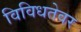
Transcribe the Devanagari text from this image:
विविधतेवर